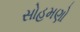
સોહમણો